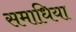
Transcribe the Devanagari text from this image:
समाधिया